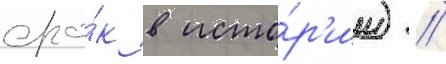
сро́к в исто́р'ии) //